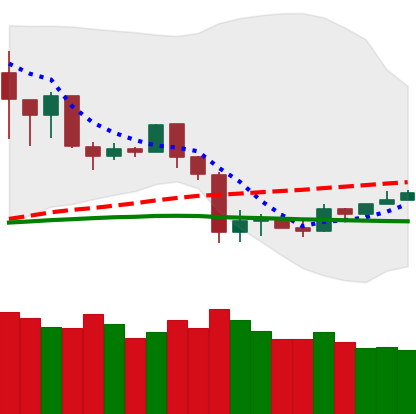
Ticker: TRX-USD
Chart end date: 2020-03-06
Forward return: -18.65%
Label: down_7plus